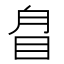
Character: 𥅕